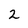
Character: 2